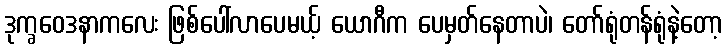
ဒုက္ခဝေဒနာကလေး ဖြစ်ပေါ်လာပေမယ့် ယောဂီက ပေမှတ်နေတာပဲ၊ တော်ရုံတန်ရုံနဲ့တော့